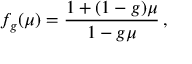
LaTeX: f _ { g } ( \mu ) = \frac { 1 + ( 1 - g ) \mu } { 1 - g \mu } \, ,